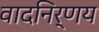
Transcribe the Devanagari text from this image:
वादनिर्णय